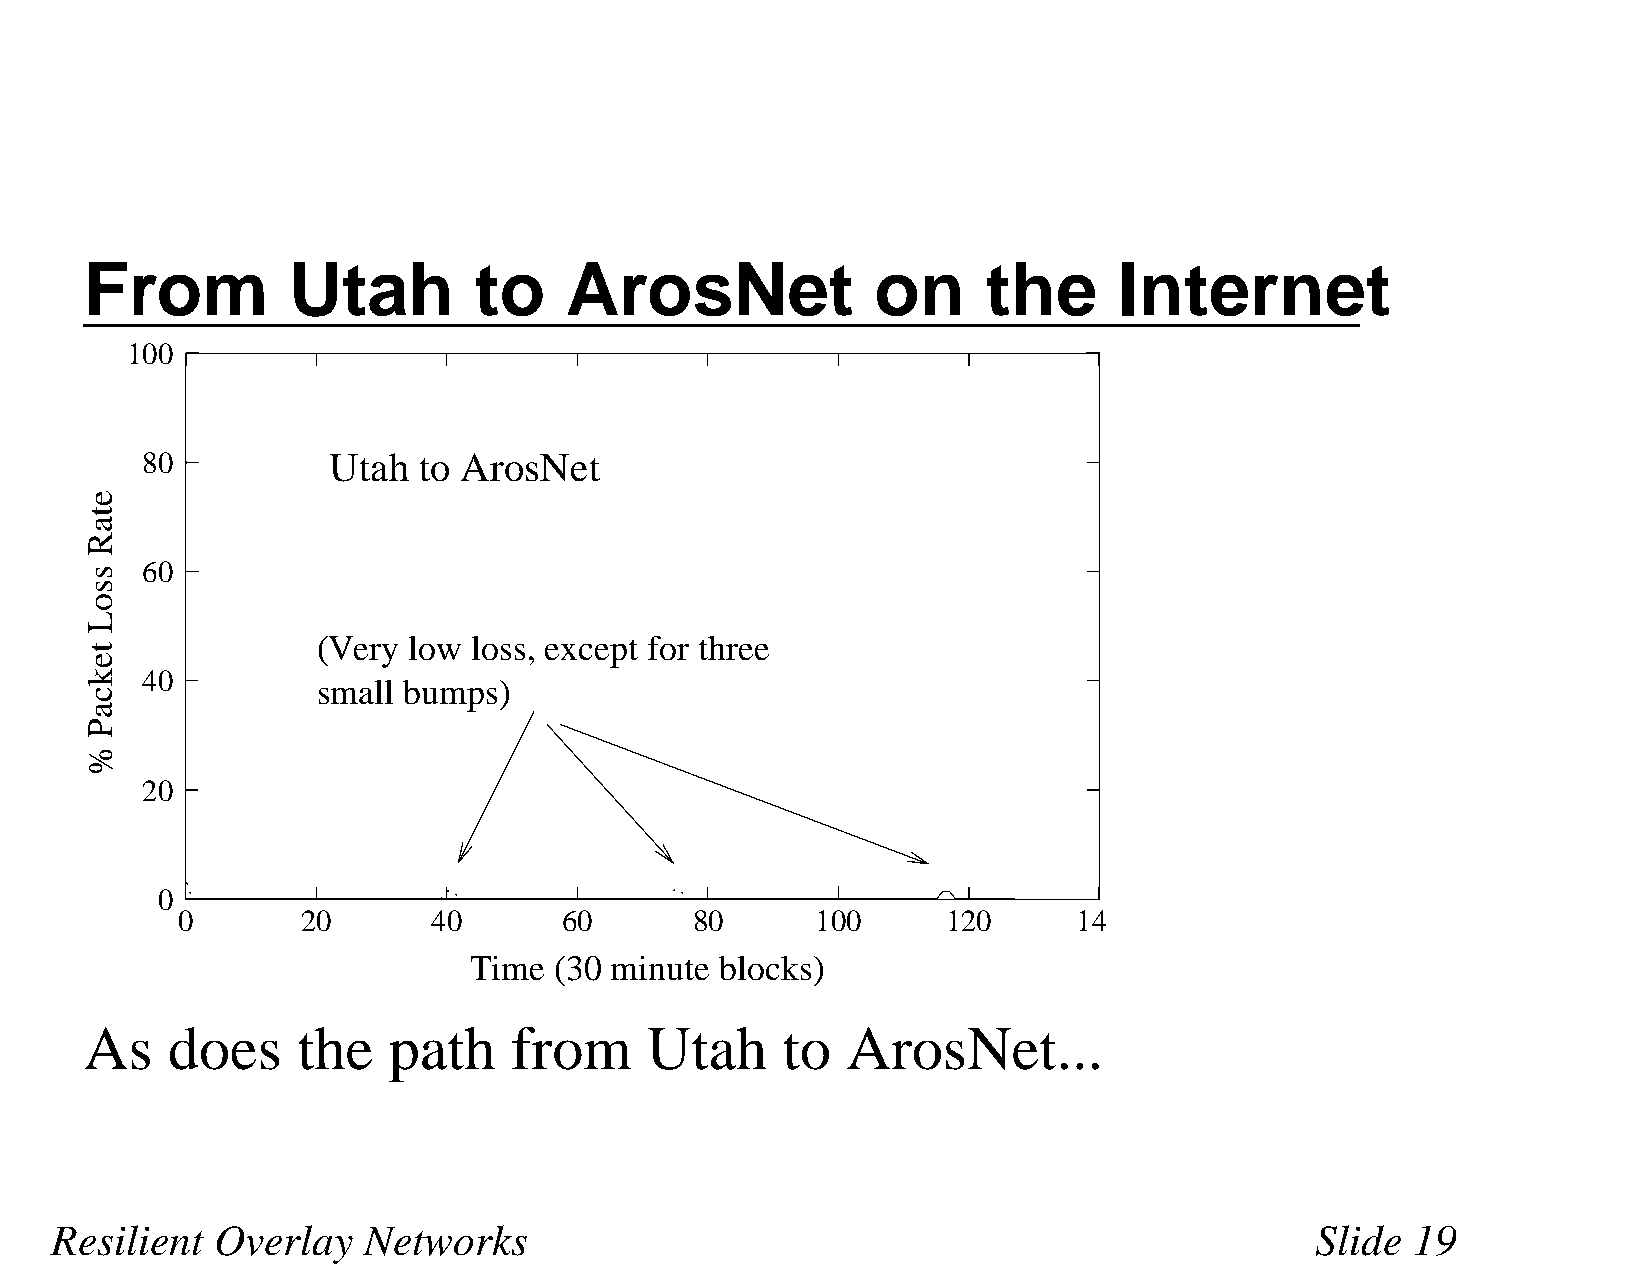
From         Utah        to    ArosNet              on     the      Internet
 100
 80           Utah  to ArosNet
 60
 (Very low loss, except for three
 40
 small bumps)
 20
 0
 0       20       40      60       80      100      120     14
 Time  (30 minute blocks)
 As   does     the   path    from     Utah     to  ArosNet...
 Resilient  Overlay   Networks                                                       Slide  19
 etaR
 ssoL
 tekcaP
 %